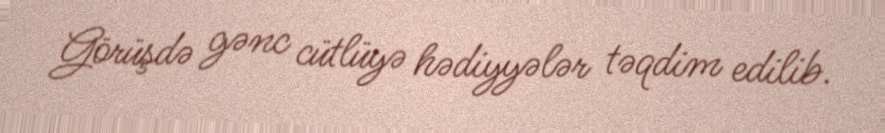
Görüşdə gənc cütlüyə hədiyyələr təqdim edilib.